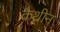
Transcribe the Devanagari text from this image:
कैथ्रीन